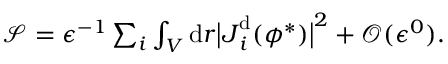
\begin{array} { r } { { \mathcal { S } } = \epsilon ^ { - 1 } \sum _ { i } \int _ { V } \mathrm { d } \boldsymbol { r } \big \vert \boldsymbol { J } _ { i } ^ { \mathrm { d } } ( \phi ^ { * } ) \big \vert ^ { 2 } + \mathcal { O } ( \epsilon ^ { 0 } ) . } \end{array}